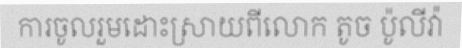
ការចូលរួមដោះស្រាយពីលោក តូច ប៉ូលីវ៉ា